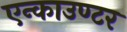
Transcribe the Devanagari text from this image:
एन्काउण्टर